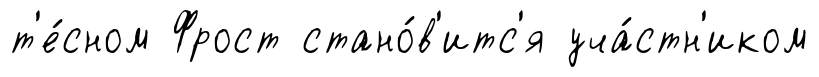
т'е́сном Фрост стано́в'итс'я уча́стн'иком